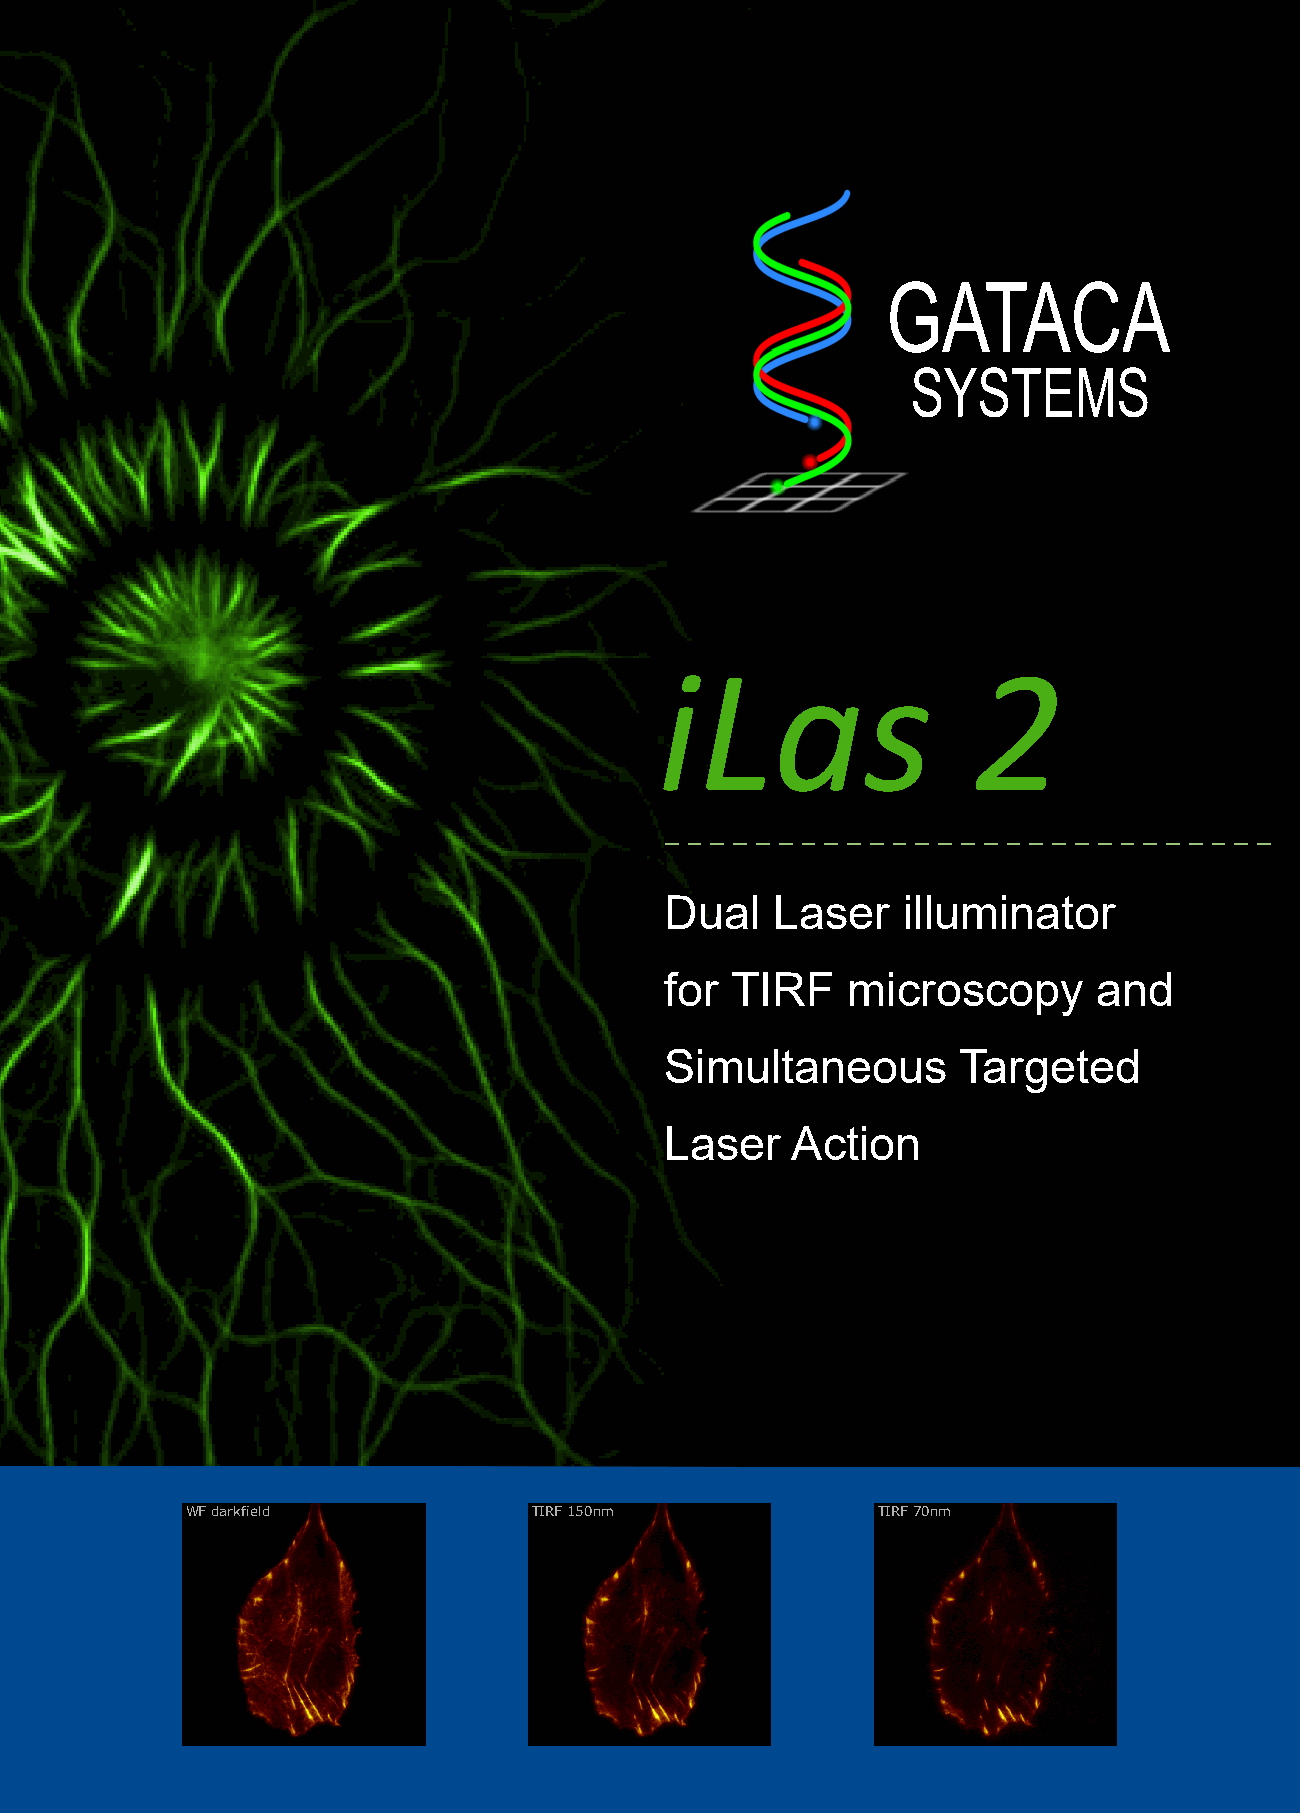
GATACA
 SYSTEMS
 iLas                2
 Dual   Laser    illuminator
 for TIRF    microscopy       and
 Simultaneous       Targeted
 Laser   Action
 WF darkfield           TIRF 150nm             TIRF 70nm